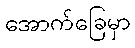
အောက်ခြေမှာ